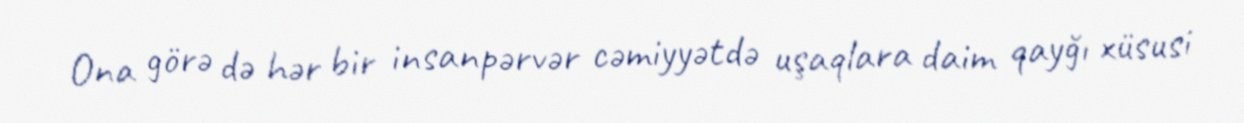
Ona görə də hər bir insanpərvər cəmiyyətdə uşaqlara daim qayğı xüsusi